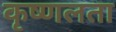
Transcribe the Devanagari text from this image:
कृष्णलता